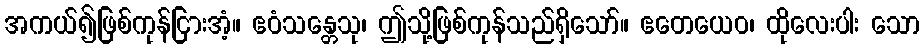
အကယ်၍ဖြစ်ကုန်ငြားအံ့။ ဧဝံသန္တေသု၊ ဤသို့ဖြစ်ကုန်သည်ရှိသော်။ ဧတေယေဝ၊ ထိုလေးပါး သော